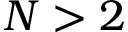
N > 2